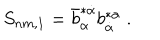
S _ { n m , 1 } = \bar { b } _ { \alpha } ^ { * \dot { \alpha } } b _ { \dot { \alpha } } ^ { * \alpha } \ .